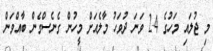
މި ޖުލައި މަހުގެ 24 ވަނަ ދުވަހު މާލެއަށް މީހުން ގެނެސްގެން ބާއްވަން